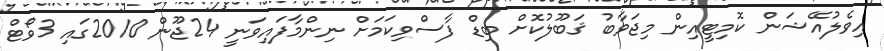
އިވެލުއޭޝަން ކޮމިޓީއިން މިޖަވާބު ޤަބޫލުކޮށް ބިޑް ފާސްވިކަމަށް ނިންމާފައިވަނީ 24ޖޫން 2010ގައި 3ވޯޓް